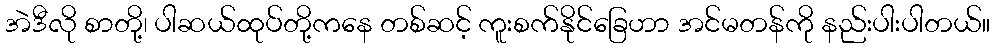
အဲဒီလို စာတို့၊ ပါဆယ်ထုပ်တို့ကနေ တစ်ဆင့် ကူးစက်နိုင်ခြေဟာ အင်မတန်ကို နည်းပါးပါတယ်။